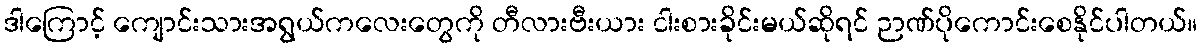
ဒါကြောင့် ကျောင်းသားအရွယ်ကလေးတွေကို တီလားဗီးယား ငါးစားခိုင်းမယ်ဆိုရင် ဉာဏ်ပိုကောင်းစေနိုင်ပါတယ်။